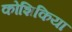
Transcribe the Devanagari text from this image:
कोशिकिया